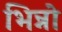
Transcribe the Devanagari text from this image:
भिन्नो